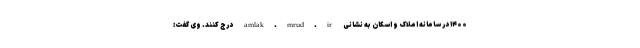
۱۴۰۰ در سامانه املاک و اسکان به نشانی amlak.mrud.ir درج کنند. وی گفت: